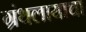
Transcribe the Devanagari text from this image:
ग्रंथलायाचा